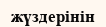
жүздерінін